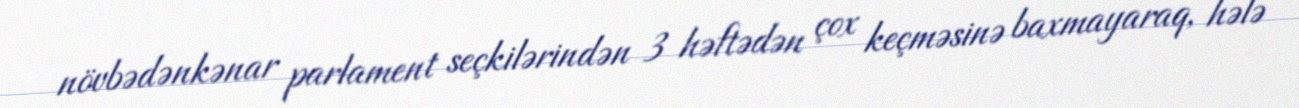
növbədənkənar parlament seçkilərindən 3 həftədən çox keçməsinə baxmayaraq, hələ